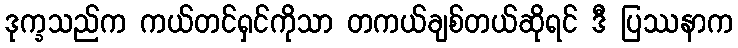
ဒုက္ခသည်က ကယ်တင်ရှင်ကိုသာ တကယ်ချစ်တယ်ဆိုရင် ဒီ ပြဿနာက